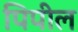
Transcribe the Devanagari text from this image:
पिपील